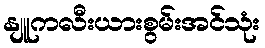
နျူကလီးယားစွမ်းအင်သုံး